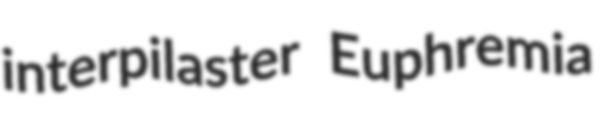
interpilaster Euphremia